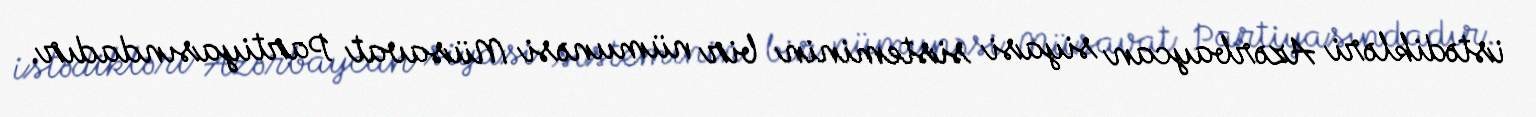
istədikləri Azərbaycan siyasi sisteminin bir nümunəsi Müsavat Partiyasındadır.